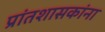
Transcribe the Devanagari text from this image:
प्रांतशासकांना